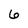
Character: 6